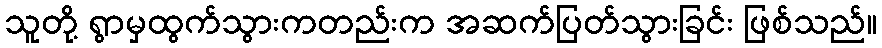
သူတို့ ရွာမှထွက်သွားကတည်းက အဆက်ပြတ်သွားခြင်း ဖြစ်သည်။